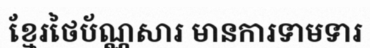
ខ្មែរថៃប័ណ្ណសារ មានការទាមទារ